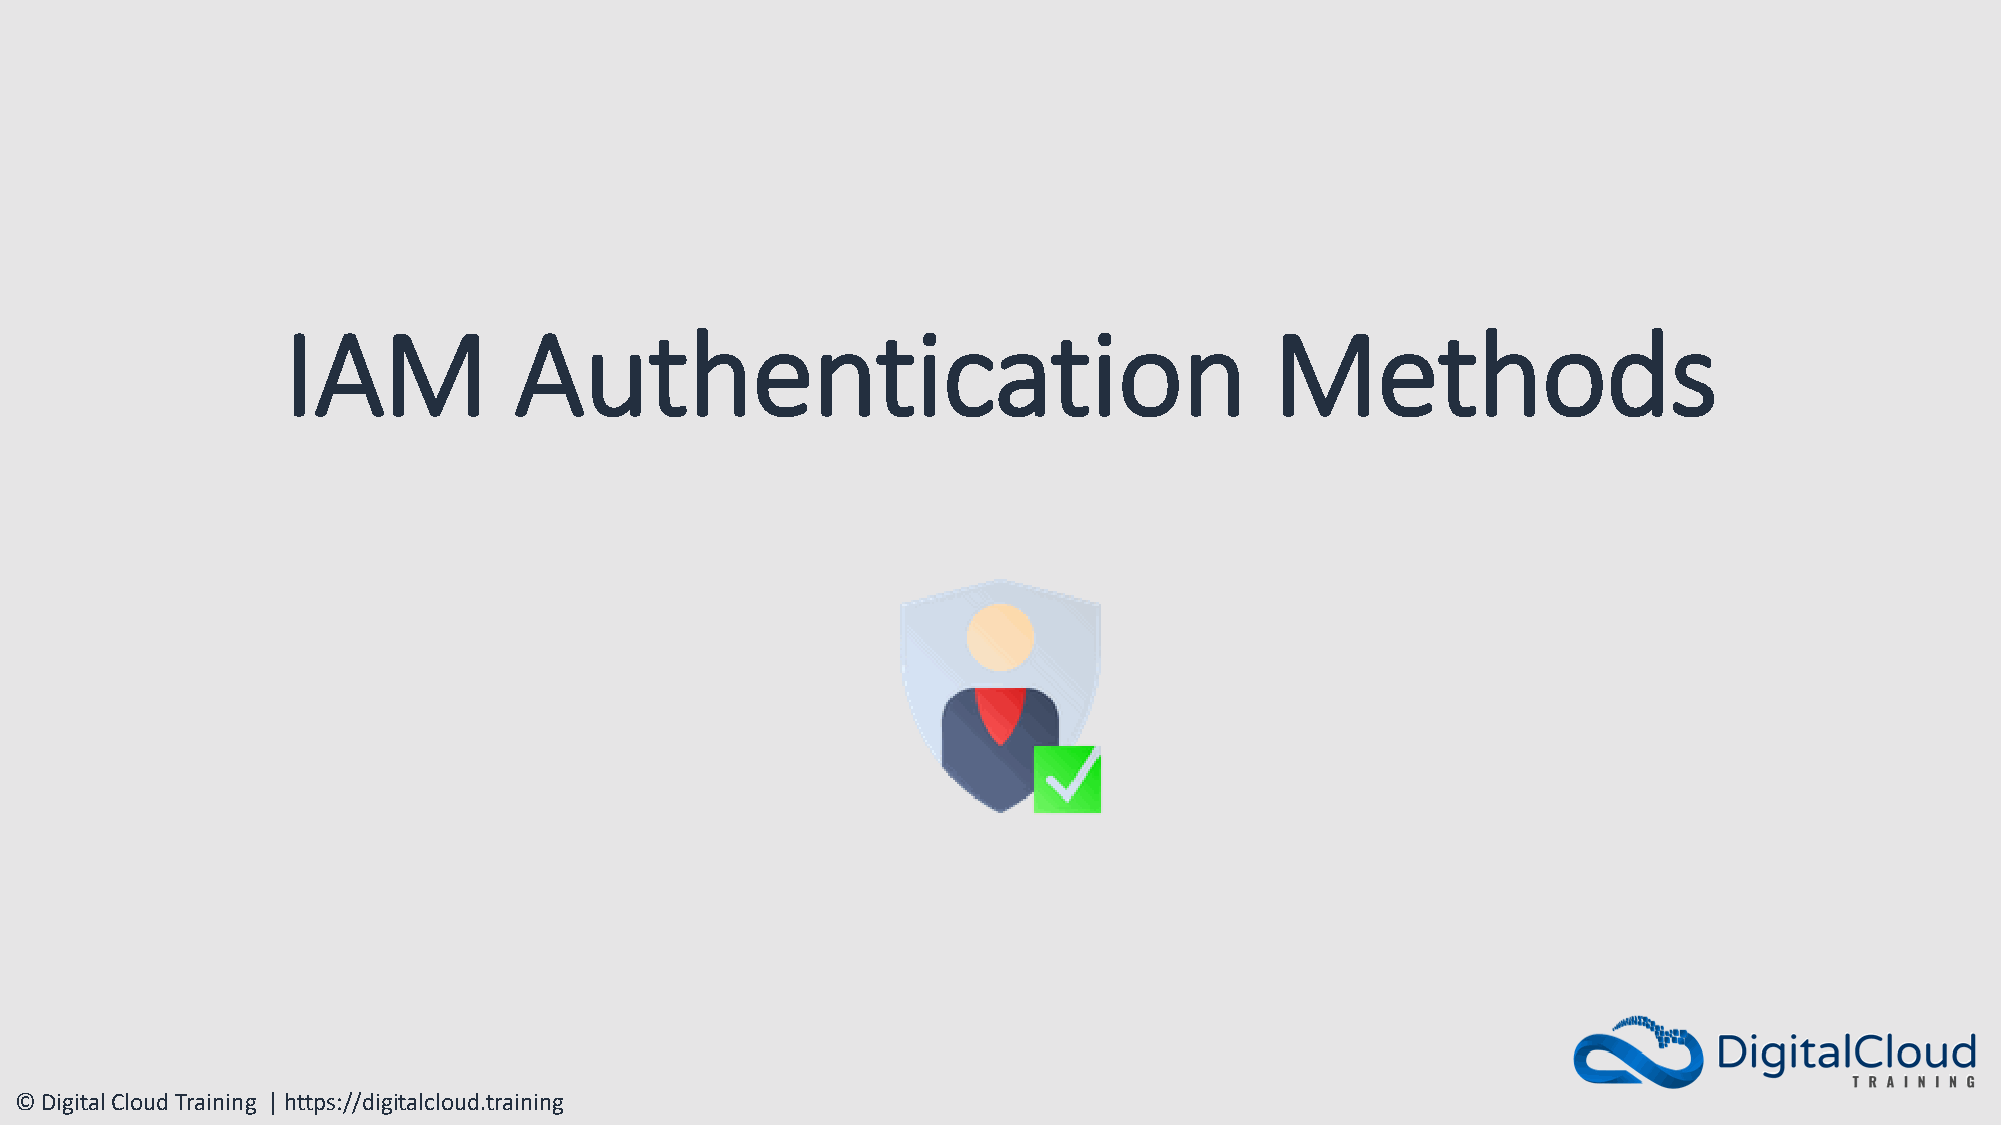
IAM            Authentication                                    Methods
 © Digital Cloud Training | https://digitalcloud.training